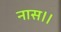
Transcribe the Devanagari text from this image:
नास।।